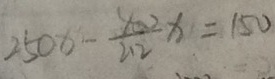
2 5 0 x - \frac { 4 0 2 } { 2 1 2 } x = 1 5 0